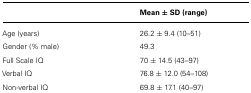
<table><thead><tr><td></td><td><b>Mean ± SD (range)</b></td></tr></thead><tbody><tr><td>Age (years)</td><td>26.2 ± 9.4 (10–51)</td></tr><tr><td>Gender (% male)</td><td>49.3</td></tr><tr><td>Full Scale IQ</td><td>70 ± 14.5 (43–97)</td></tr><tr><td>Verbal IQ</td><td>76.8 ± 12.0 (54–108)</td></tr><tr><td>Non-verbal IQ</td><td>69.8 ± 17.1 (40–97)</td></tr></tbody></table>